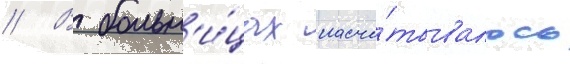
// В больн'и́цах насчи́тывалось